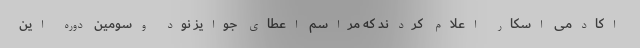
اکادمی اسکار اعلام کردند که مراسم اعطای جوایز نود وسومین دوره این